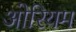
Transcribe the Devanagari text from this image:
ओरियम